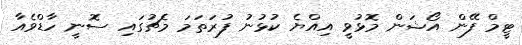
ޓީމް ފޭން އޯޝަން މޮޅުވީ އިއްޔެ ކުޅުނު ފުރަތަމަ މެޗުގައި ސޮނީ ހާޑްވެއާ